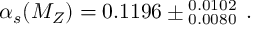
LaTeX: \alpha _ { s } ( M _ { Z } ) = 0 . 1 1 9 6 \pm _ { \; 0 . 0 0 8 0 } ^ { \; 0 . 0 1 0 2 } \, .